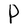
Character: P